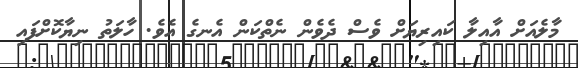
މާލެއަށް އާއިލާ ކައިރިޔަށް ވެސް ދެވެން ނެތްކަން އެނގެ އެވެ. ހާލަތު ނިޔާކޮށްފައި